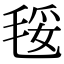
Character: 𣮄